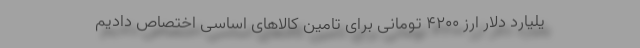
یلیارد دلار ارز ۴۲۰۰ تومانی برای تامین کالاهای اساسی اختصاص دادیم